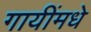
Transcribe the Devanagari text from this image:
गायींमधे